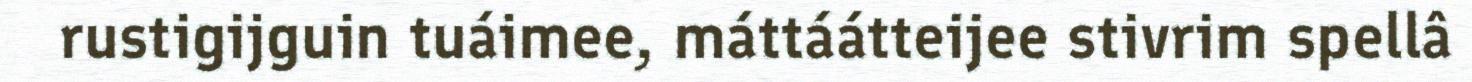
rustigijguin tuáimee, máttáátteijee stivrim spellâ